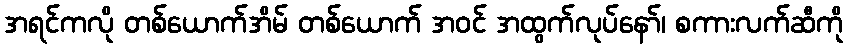
အရင်ကလို တစ်ယောက်အိမ် တစ်ယောက် အဝင် အထွက်လုပ်နော်၊ စကားလက်ဆီကို